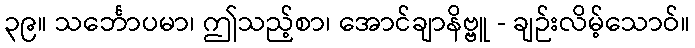
၃၉။ သင်္ဘောပမာ၊ ဤသည့်စာ၊ အောင်ချာနိဗ္ဗူ - ချဉ်းလိမ့်သောဝ်။